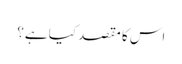
اس کا مقصد کیا ہے؟